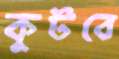
কুটবে